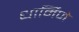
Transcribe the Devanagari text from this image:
धार्मिणे